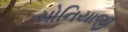
સોનિયાજી